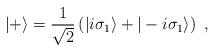
LaTeX: \begin{align*}|+\rangle = {1\over \sqrt{2}}\left(|i\sigma_1\rangle + |-i\sigma_1\rangle\right)~,\end{align*}